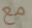
مع